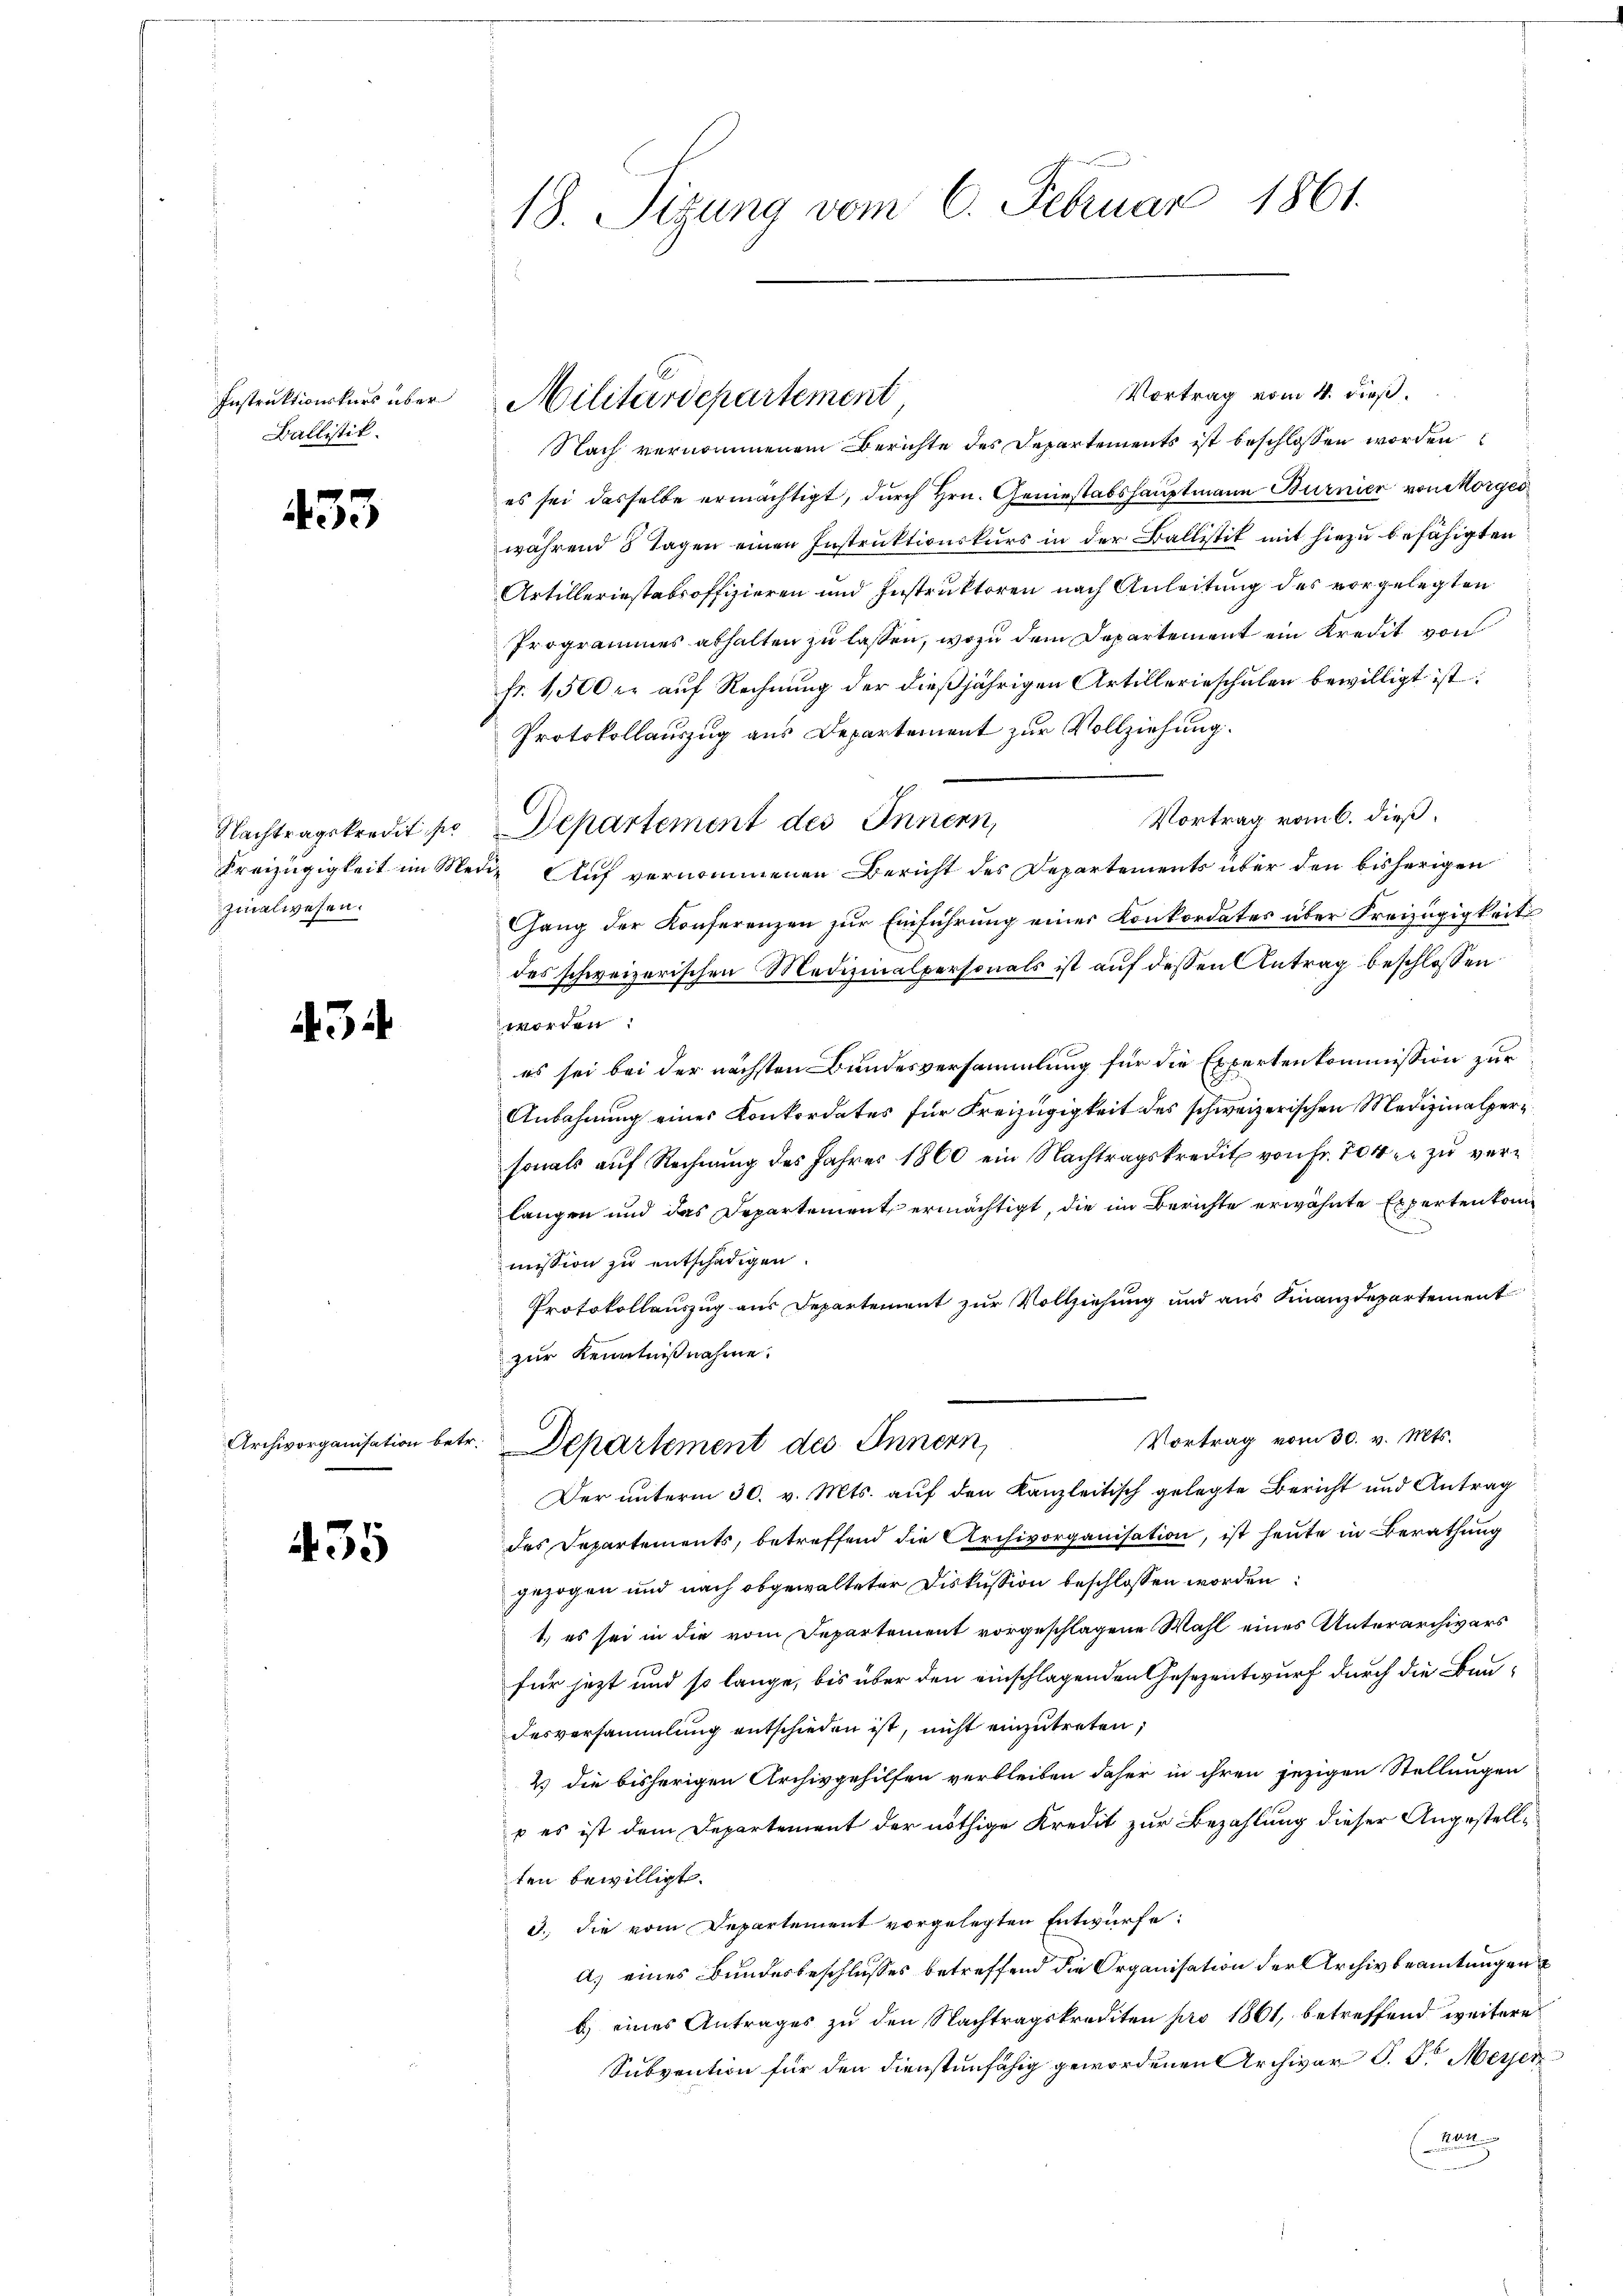
Ballistik.

433

Nachtragskredit po
Kreizügigkeit im Mer
zinalwesen.

434

435

18. Sizung vom 6. Februar 1861.

Vortrag vom 4. dieß.
Nach vernommenem Berichte des Departements ist beschlossen worden
es sei dasselbe ermächtigt, durch Hrn. Geniestabshauptmann Burnier von Morges
während 8 Tagen einen Instruktionskurs in der Ballistik mit hiezu befähigten
Artilleriestabsoffizieren und Instruktoren nach Anleitung des vorgelegten
Programmes abhalten zu lassen, wozu dem Departement ein Kredit von
fr. 1,500 er auf Rechnung der dießjährigen Artillerieschulen bewilligt ist:
Protokollauszug aus Departement zur Vollziehung.
Vortrag vom 6. dieß.
Departement des Innern,
die Auf vernommenen Bericht des Departements über den bisherigen
Gang der Konferenzen zur Einführung einer Konkordates über Freizügigkeit
des schweizerischen Medizinalpersonals ist auf dessen Antrag beschlossen
worden.
es sei bei der nächsten Bundesversammlung für die Expertenkommission zur
Anbahnung eines Konkordates für Freizügigkeit des schweizerischen Medizinalpersonals auf Rechnung des Jahres 1860 ein Nachtragskredit von Fr. 700 er zu verlangen und das Departement ermächtigt, die im Berichte erwähnte Expertenkommission zu entschädigen.
Protokollauszug aus Departement zur Vollziehung und aus Finanzdepartement
zur Kenntnißnahme.
Vortrag vom 30. v. Mts.
Archivorganisation betr. Departement des Innern,
Der unterm 30. v. Mts. auf den Kanzleitisch gelegte Bericht und Antrag
des Departements, betreffend die Archivorganisation, ist heute in Berathung
gezogen und nach obgewalteter Diskussion beschlossen worden:
1.) es sei in die vom Departement vorgeschlagene Wahl eines Unterarchivars
für jetzt und so lange, bis über den einschlagenden Gesezentwurf durch die Bau-
desversammlung entschieden ist, nicht einzutreten,
2 die bisherigen Archivgehilfen verbleiben daher in ihren jezigen Stellungen
p es ist dem Departement der nöthige Kredit zur Bezahlung dieser Angestellten bewilligt.
3. die vom Departement vorgelegten Entwurfe:
a) eines Bundesbeschlusses betreffend die Organisation der Archivbeamtungen u
b) eines Antrages zu den Nachtragskrediten pro 1861, betreffend weitere
Subvention für den dienstenfähig gewordenen Archivar P. G. Meyer
kon
x

Instruktiverkers über Militärdepartement